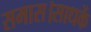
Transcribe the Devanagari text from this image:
समास।साधकें